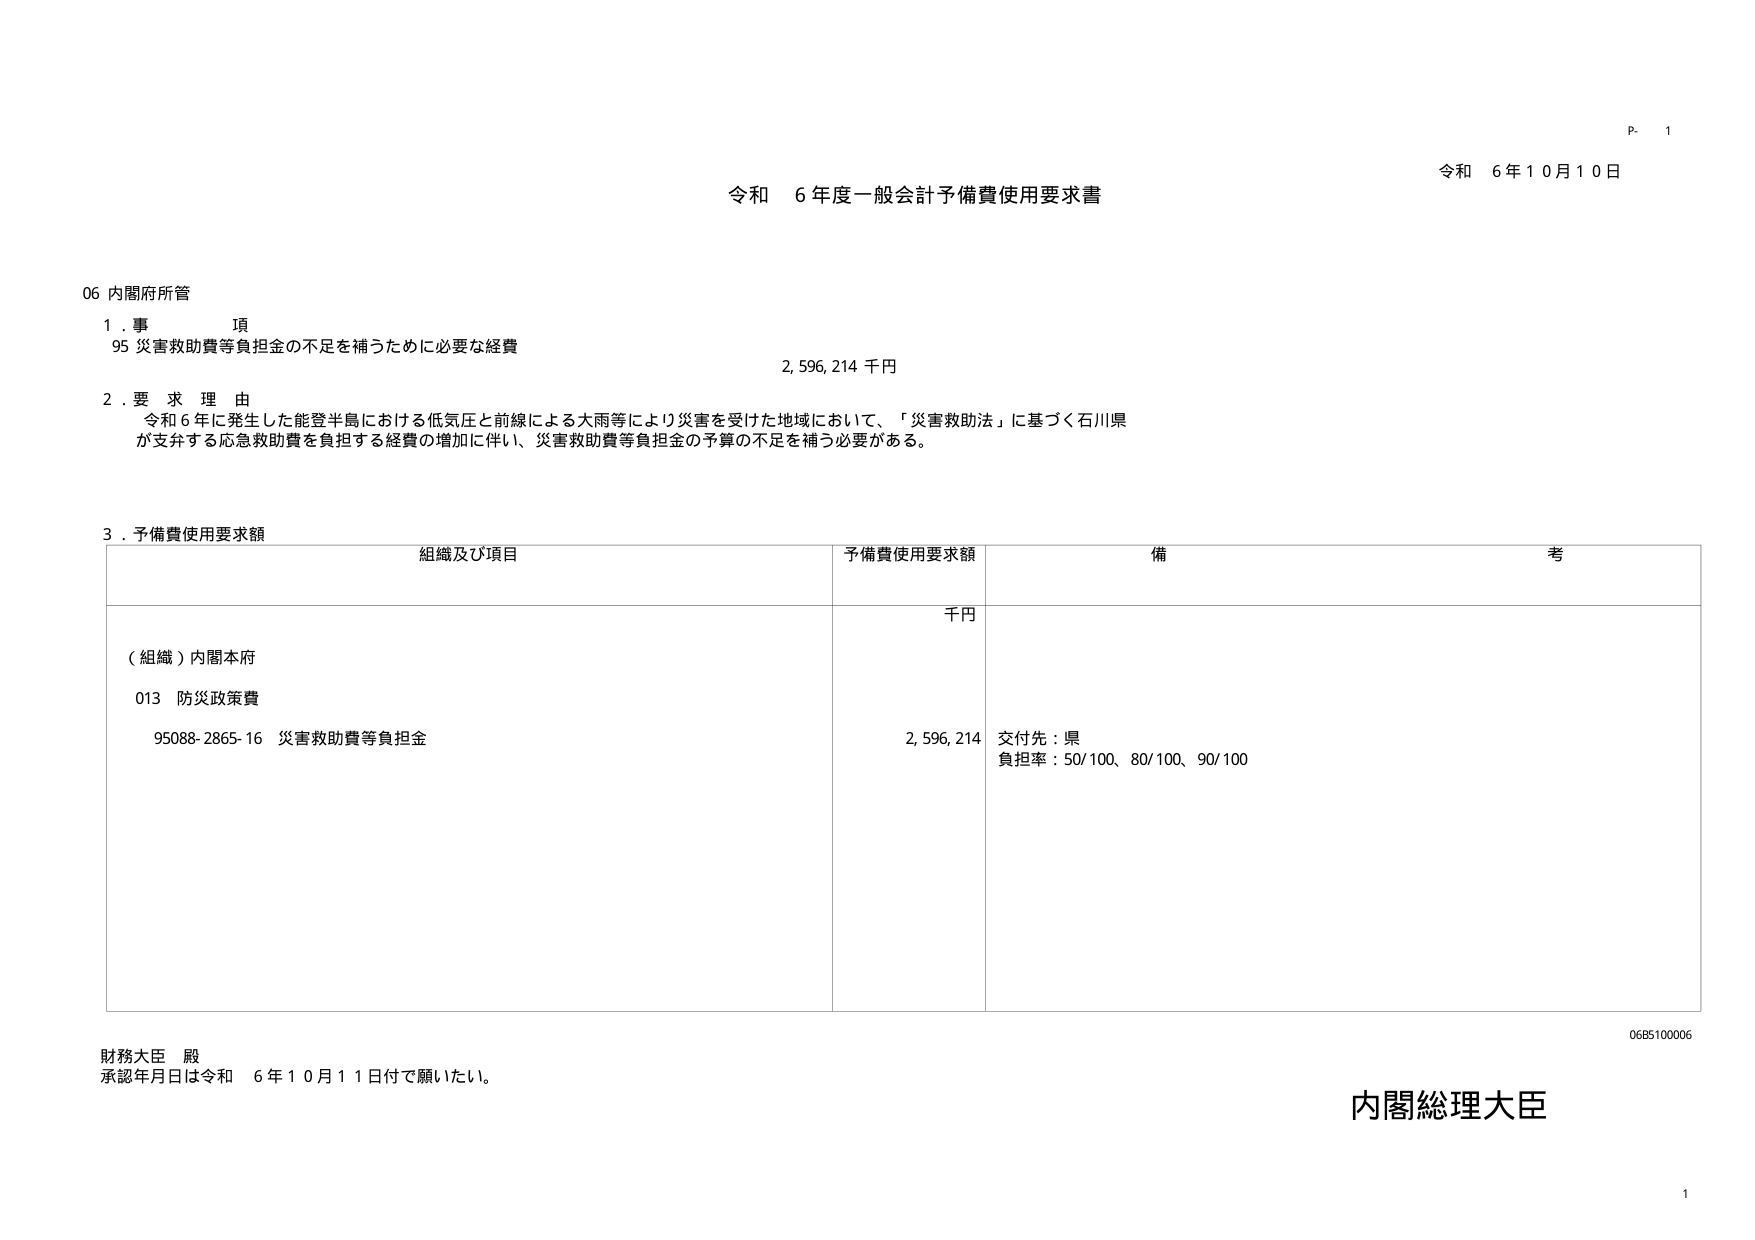
令和 6年10月10日
P. 1

令和 6年度一般会計予備費使用要求書

06 内閣府所管

1. 事 項
95 災害救助費等負担金の不足を補うために必要な経費
2,596,214 千円

2. 要求理由
令和6年に発生した能登半島における低気圧と前線による大雨等により災害を受けた地域において、「災害救助法」に基づく石川県が支弁する応急救助費を負担する経費の増加に伴い、災害救助費等負担金の予算の不足を補う必要がある。

3. 予備費使用要求額

| 組織及び項目 | 予備費使用要求額 | 備 考 |
|--------------|------------------|------|
| （組織）内閣本府 | 千円 | |
| 013 防災政策費 | | |
| 95088-2865-16 災害救助費等負担金 | 2,596,214 | 交付先：県<br>負担率：50/100、80/100、90/100 |

財務大臣 殿
承認年月日は令和 6年10月11日付で願いたい。

内閣総理大臣

06B5100006
1